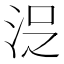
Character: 𱦍